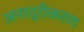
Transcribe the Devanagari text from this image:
अनाद्रीकरण